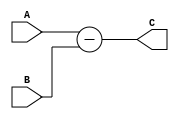
module Div_subractor #(parameter dataIN_width = 4)(
    input [dataIN_width - 1 : 0]     A, B,
    output reg [dataIN_width -1 : 0] C
    );
    
always @ (A, B)
    C <= A - B;


endmodule